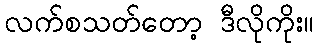
လက်စသတ်တော့ ဒီလိုကိုး။